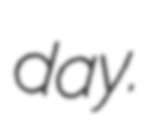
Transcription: day.